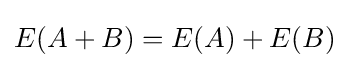
E(A+B)=E(A)+E(B)